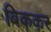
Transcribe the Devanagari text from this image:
बिककर